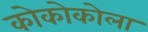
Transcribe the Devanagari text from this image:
कोकोकोला